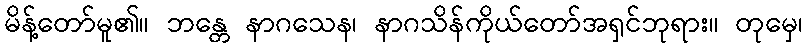
မိန့်တော်မူ၏။ ဘန္တေ နာဂသေန၊ နာဂသိန်ကိုယ်တော်အရှင်ဘုရား။ တုမှေ၊